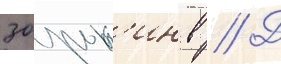
Зорьк'ин в // Д